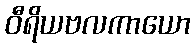
ဝီရိယဗလကာယော